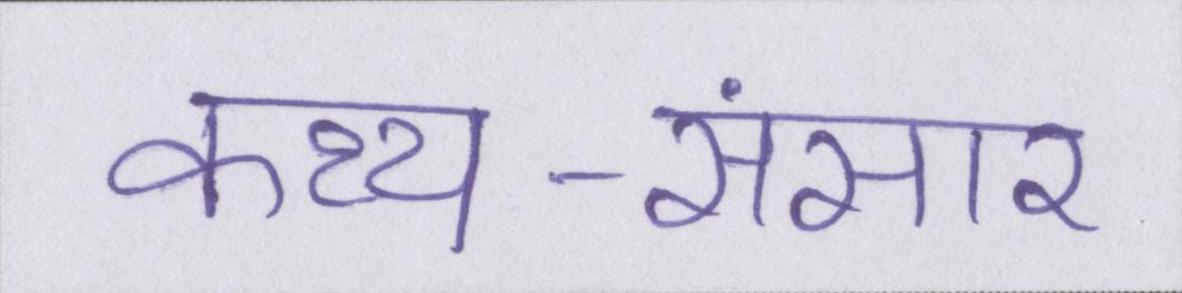
कथ्य-संसार